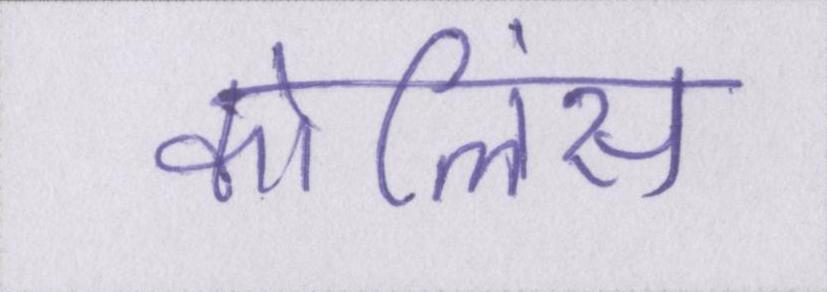
कोलिंस